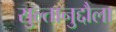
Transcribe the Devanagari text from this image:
सुल्तानुद्दौला